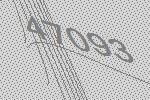
47093